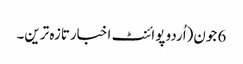
6 جون(اُردو پوائنٹ اخبارتازہ ترین۔